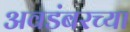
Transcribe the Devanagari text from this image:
अवडंबरच्या